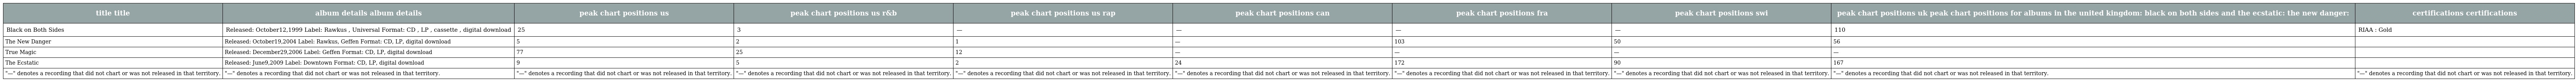
| title title | album details album details | peak chart positions us | peak chart positions us r&b | peak chart positions us rap | peak chart positions can | peak chart positions fra | peak chart positions swi | peak chart positions uk peak chart positions for albums in the united kingdom: black on both sides and the ecstatic: the new danger: | certifications certifications |
 | --- | --- | --- | --- | --- | --- | --- | --- | --- | --- |
 | Black on Both Sides | Released: October12,1999 Label: Rawkus , Universal Format: CD , LP , cassette , digital download | 25 | 3 | — | — | — | — | 110 | RIAA : Gold |
 | The New Danger | Released: October19,2004 Label: Rawkus, Geffen Format: CD, LP, digital download | 5 | 2 | 1 | — | 103 | 50 | 56 |  |
 | True Magic | Released: December29,2006 Label: Geffen Format: CD, LP, digital download | 77 | 25 | 12 | — | — | — | — |  |
 | The Ecstatic | Released: June9,2009 Label: Downtown Format: CD, LP, digital download | 9 | 5 | 2 | 24 | 172 | 90 | 167 |  |
 | "—" denotes a recording that did not chart or was not released in that territory. | "—" denotes a recording that did not chart or was not released in that territory. | "—" denotes a recording that did not chart or was not released in that territory. | "—" denotes a recording that did not chart or was not released in that territory. | "—" denotes a recording that did not chart or was not released in that territory. | "—" denotes a recording that did not chart or was not released in that territory. | "—" denotes a recording that did not chart or was not released in that territory. | "—" denotes a recording that did not chart or was not released in that territory. | "—" denotes a recording that did not chart or was not released in that territory. | "—" denotes a recording that did not chart or was not released in that territory. |